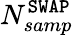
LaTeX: N_{samp}^{\mathtt{SWAP}}